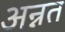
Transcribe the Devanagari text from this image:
अन्नत